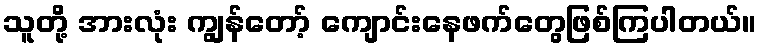
သူတို့ အားလုံး ကျွန်တော့် ကျောင်းနေဖက်တွေဖြစ်ကြပါတယ်။